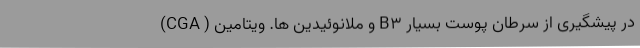
(CGA ) و ملانوئیدین ها. ویتامین B3 در پیشگیری از سرطان پوست بسیار